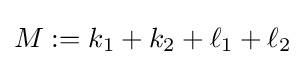
M:=k_{1}+k_{2}+\ell _{1}+\ell _{2}